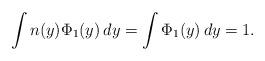
LaTeX: \begin{align*} \int n(y) \Phi_1(y)\,dy = \int \Phi_1(y)\,dy = 1.\end{align*}